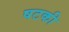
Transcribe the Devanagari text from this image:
षटकी